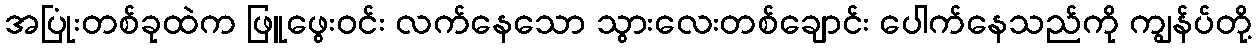
အပြုံးတစ်ခုထဲက ဖြူဖွေးဝင်း လက်နေသော သွားလေးတစ်ချောင်း ပေါက်နေသည်ကို ကျွန်ပ်တို့